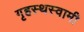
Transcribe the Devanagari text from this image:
गृहस्थस्वामी